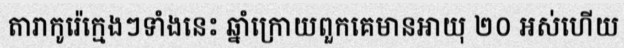
តារាកូរ៉េក្មេងៗទាំងនេះ ឆ្នាំក្រោយពួកគេមានអាយុ ២០ អស់ហើយ